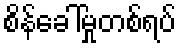
စိန်ခေါ်မှုတစ်ရပ်